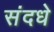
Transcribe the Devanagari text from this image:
संदधे